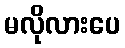
မလိုလားပေ